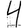
Digit: 4